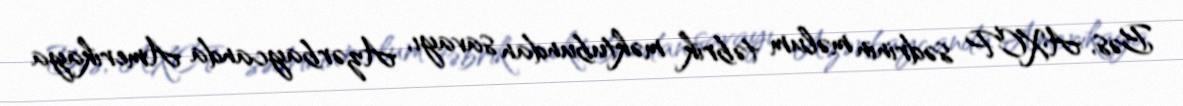
Bəs, AXCP sədrinin məlum təbrik məktubundan savayı, Azərbaycanda Amerikaya